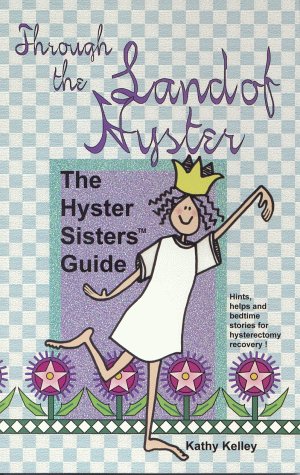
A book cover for Through the Land of Hyster: The Hyster Sisters Guide; Health, Fitness & Dieting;